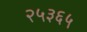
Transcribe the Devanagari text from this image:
२५३६५